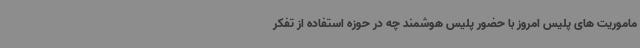
ماموریت های پلیس امروز با حضور پلیس هوشمند چه در حوزه استفاده از تفکر